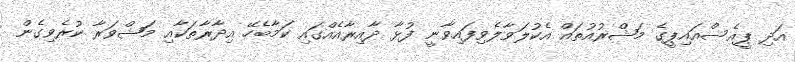
އަދި ޕީއެސްއައިޕީގެ މަޝްރުއުތައް އެކުލަވާލެވިފައިވާނީ ފުޅާ ދާއިރާއެއްގައި ކަމާބެހޭ އިދާރާތަކާއި މަޝްވަރާ ކުރެވިގެން